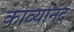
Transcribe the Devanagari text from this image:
काव्यानंद